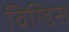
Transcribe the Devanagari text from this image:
विग्डिस